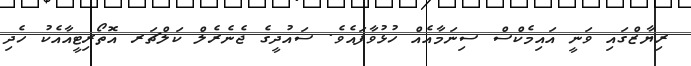
ރިޔާޒްގައި ވަނީ އައިމެކްސް ސިނަމާއެއް ހުޅުވާފައެވެ. ސައުދީގެ ޖެނެރެލް ކަލްޗަރ އޮތޯރިޓީއާއެކު ހެދި